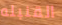
القنبله